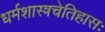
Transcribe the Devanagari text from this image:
धर्मशास्त्रचेतिहासः